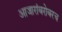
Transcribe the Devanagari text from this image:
आजारांबरोबरच